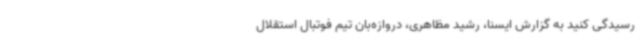
رسیدگی کنید به گزارش ایسنا، رشید مظاهری، دروازه‌بان تیم فوتبال استقلال